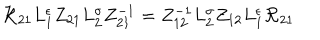
{ \cal R } _ { 2 1 } L _ { 1 } ^ { \epsilon } Z _ { 2 1 } L _ { 2 } ^ { \sigma } Z _ { 2 1 } ^ { - 1 } = Z _ { 1 2 } ^ { - 1 } L _ { 2 } ^ { \sigma } Z _ { 1 2 } L _ { 1 } ^ { \epsilon } { \cal R } _ { 2 1 }